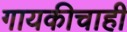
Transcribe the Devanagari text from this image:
गायकीचाही